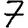
Digit: 7